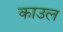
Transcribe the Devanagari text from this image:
काउल